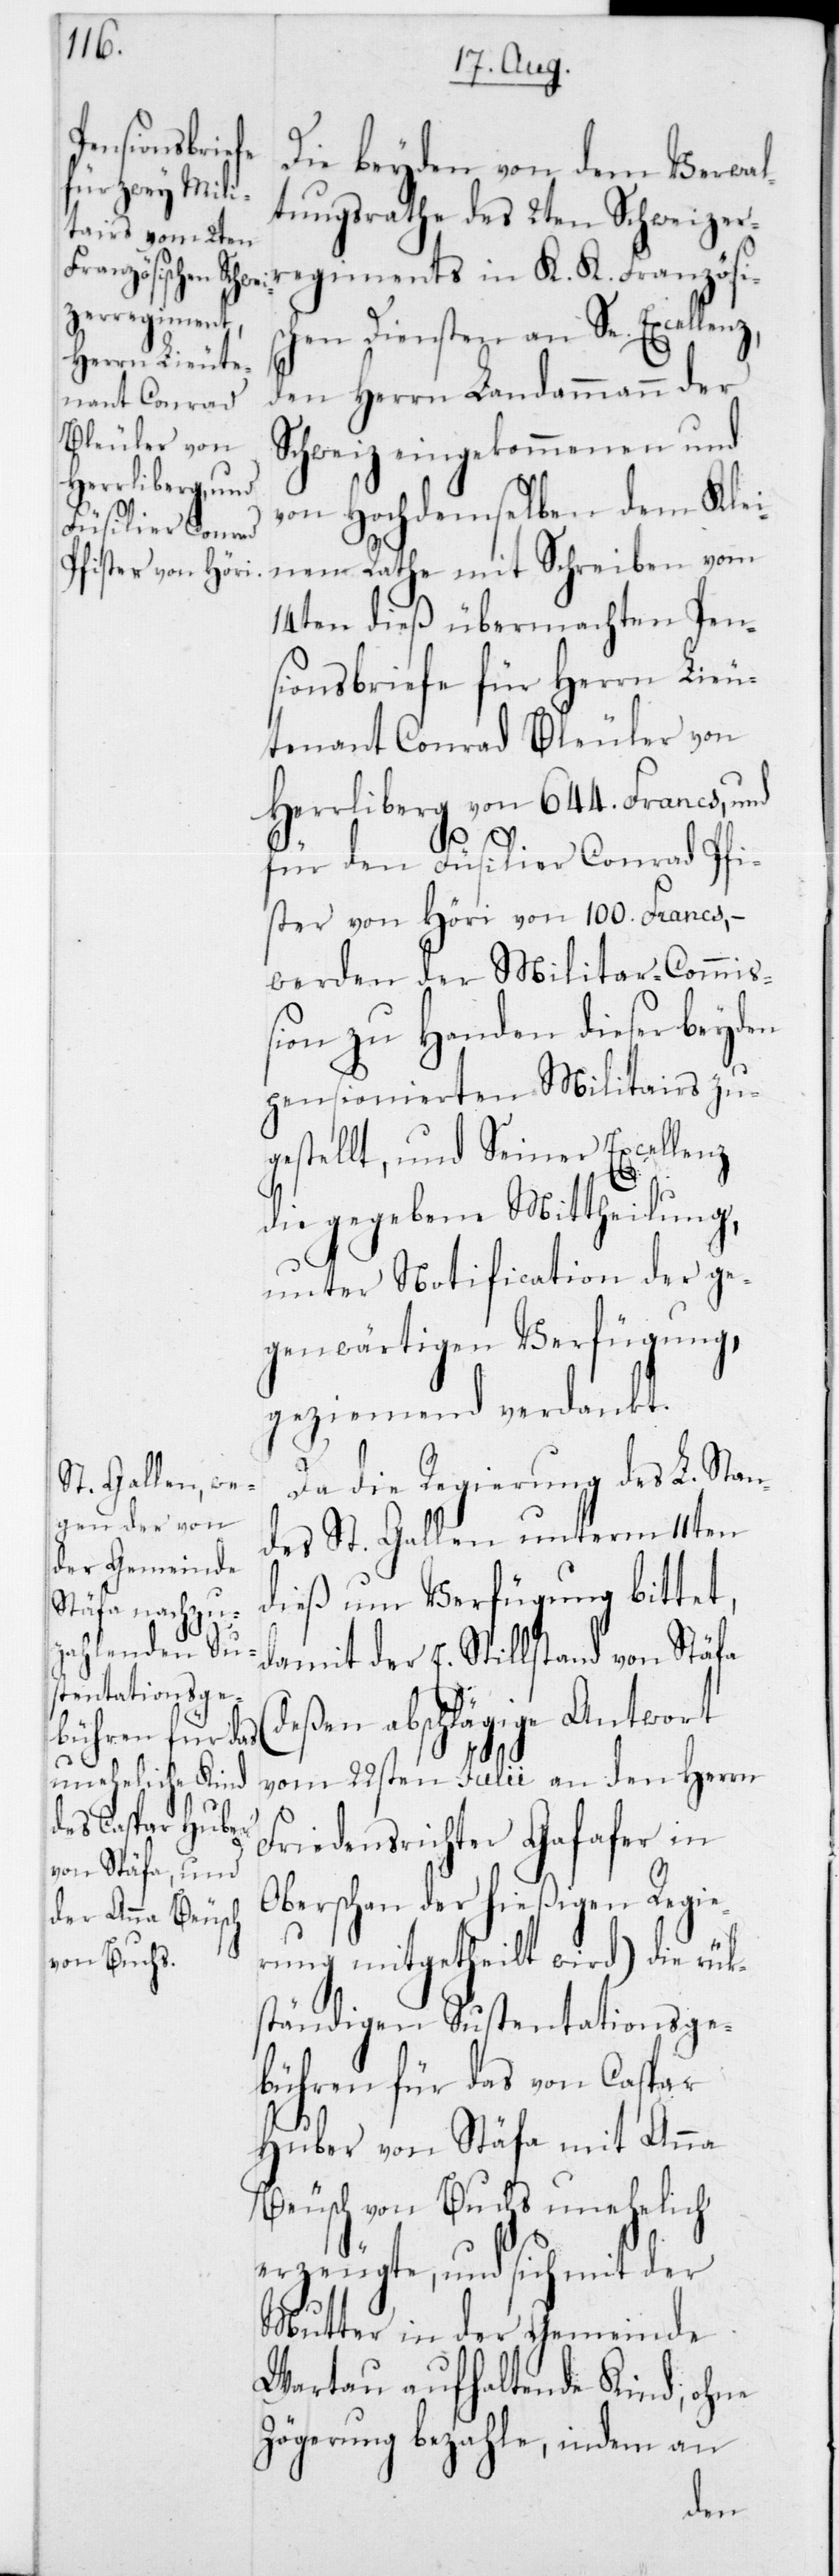
Die beyden von dem Verwa¬
ltungsrathe des 2ten Schweizer¬
regiments in K. K. Französis¬
chen Diensten an Se. Excellen¬
z,den Herrn Landammann der
Schweiz eingekommenen und
von Hochdemselben dem Klei¬
nen Rathe mit Schreiben vom
14ten dieß übermachten Pen¬
sionsbriefe für Herrn Lieu¬
tenant Conrad Bleuler von
Herrliberg von 644 Francs, und
für den Füsilier Conrad Pfi¬
ster von Höri von 100 Francs, –
werden der Militar-Commiß¬
ion zu Handen dieser beyden
pensionierten Militairs zu¬
gestellt, und Seiner Excellenz
die gegebene Mittheilung,
unter Notification der ge¬
genwärtigen Verfügung,
geziemend verdankt.
Da die Regierung des L. Stan¬
des St. Gallen unterm 11ten
dieß um Verfügung bittet,
damit der E. Stillstand von Stäfa
(deßen abschlägige Antwort
vom 22sten Julii an den Herrn
Friedensrichter Gafafer in
Oberschan der hießigen Regie¬
rung mitgetheilt wird) die rück¬
ständigen Sustentationsge¬
bühren für das von Caspar
Huber von Stäfa mit Anna
Beusch von Buchs unehelich
erzeugte, und sich mit der
Mutter in der Gemeinde
Wartau aufhaltende Kind, ohne
Zögerung bezahle, indem an